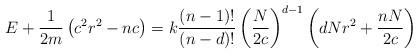
LaTeX: \begin{align*}E+\frac{1}{2m}\left( c^{2}r^{2}-nc\right) =k\frac{\left( n-1\right)!}{\left( n-d\right) !}\left( \frac{N}{2c}\right) ^{d-1}\left(dNr^{2}+\frac{nN}{2c}\right)\end{align*}